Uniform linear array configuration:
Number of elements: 12
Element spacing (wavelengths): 0.5
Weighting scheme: cosine
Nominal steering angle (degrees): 30
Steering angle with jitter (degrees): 31.174
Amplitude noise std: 0.05
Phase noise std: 0.05

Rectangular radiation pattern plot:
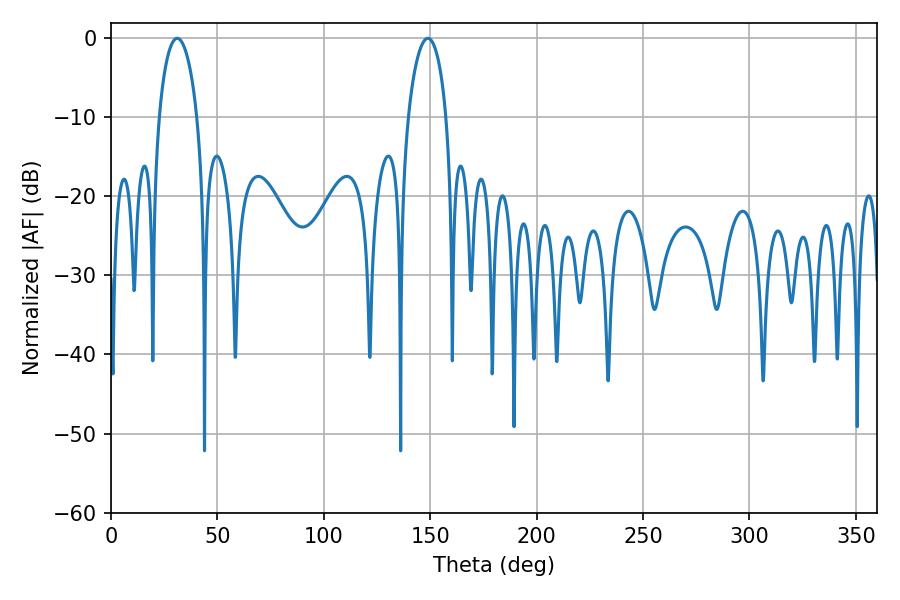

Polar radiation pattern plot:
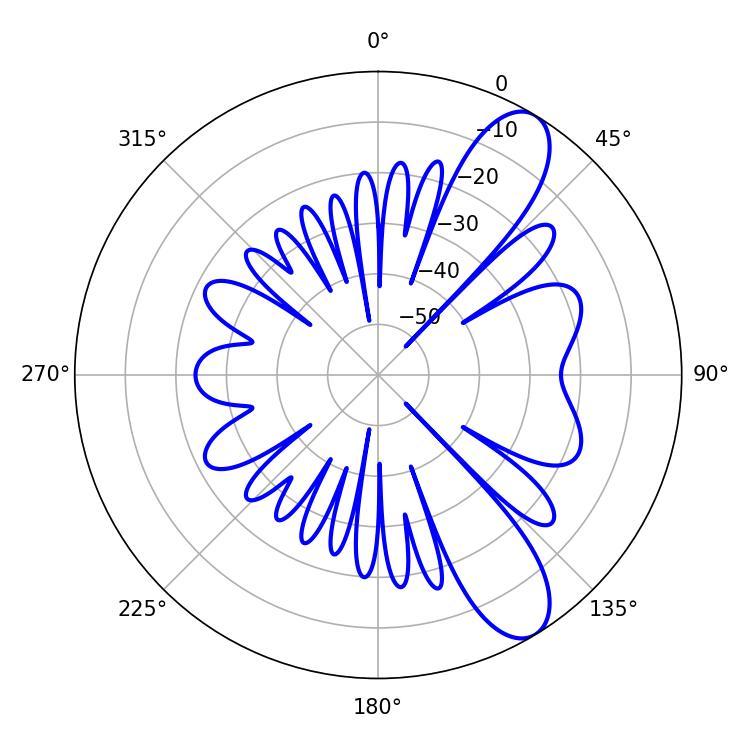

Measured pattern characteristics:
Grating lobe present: FALSE
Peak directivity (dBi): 9.876
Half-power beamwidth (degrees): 10.26
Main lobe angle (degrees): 31.14